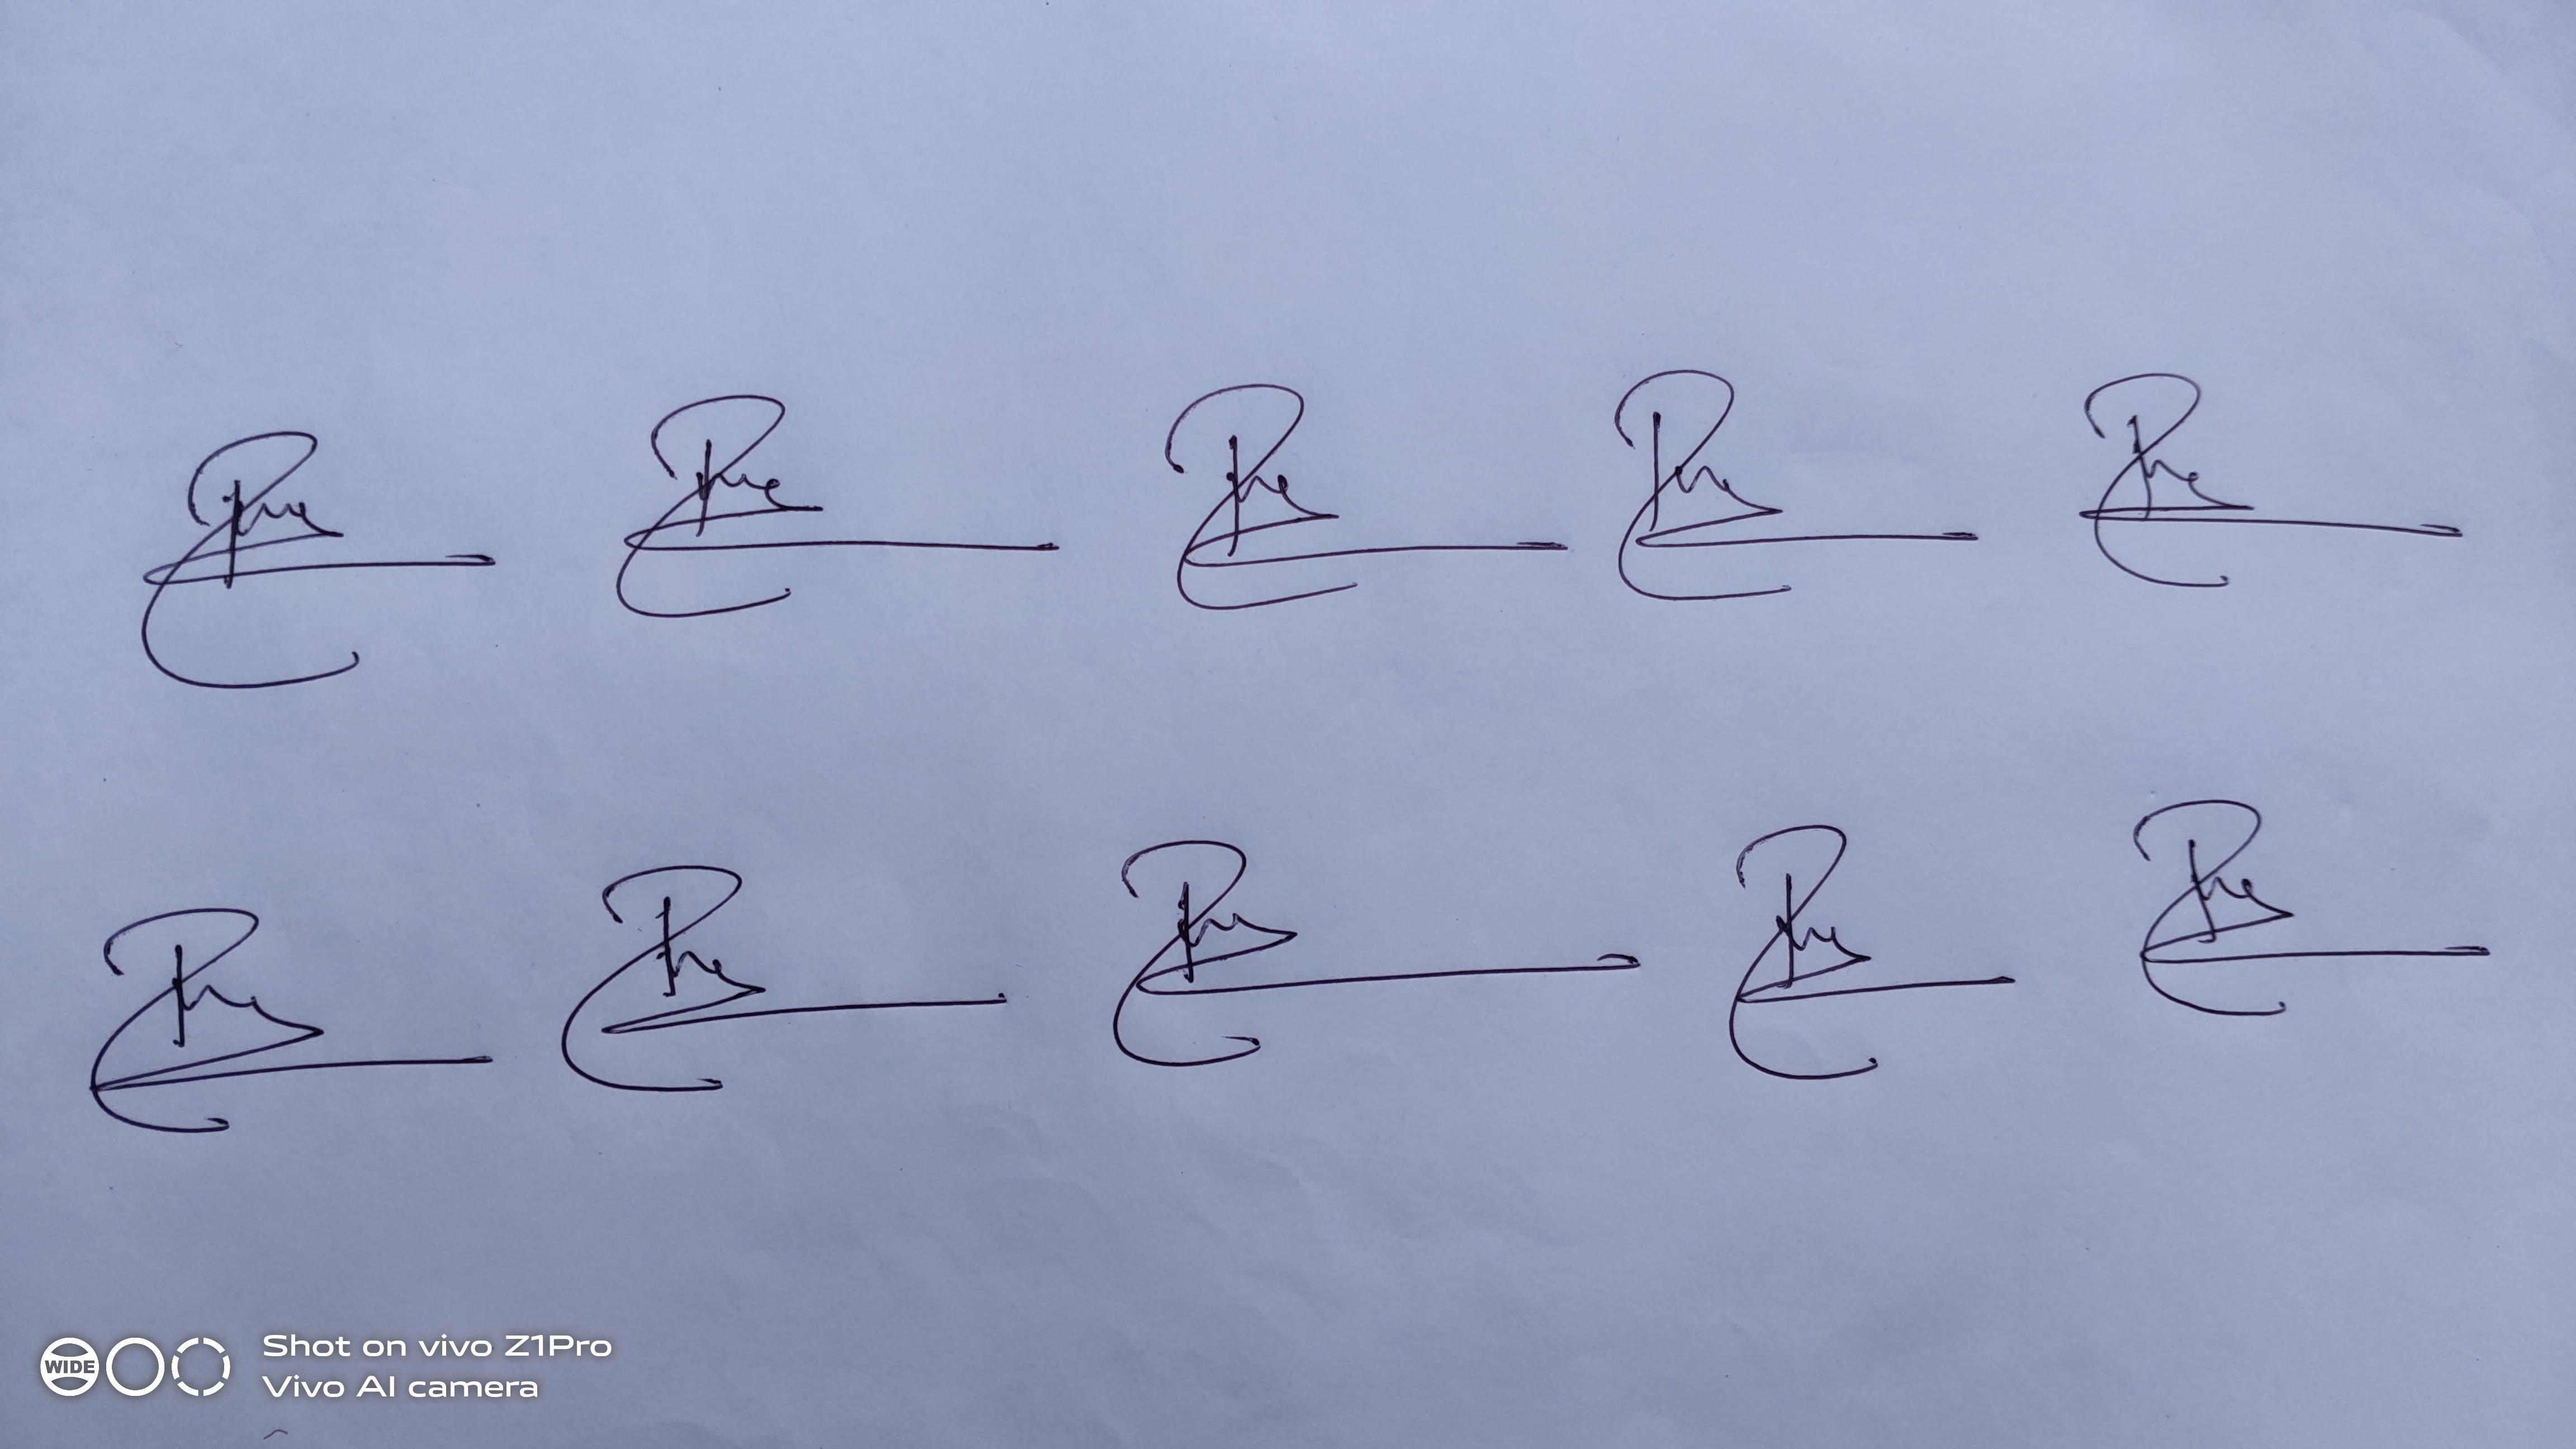
Signature authenticity: genuine